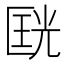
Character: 𱑇